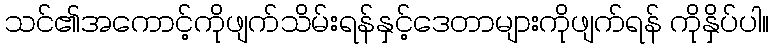
သင်၏အကောင့်ကိုဖျက်သိမ်းရန်နှင့်ဒေတာများကိုဖျက်ရန် ကိုနှိပ်ပါ။